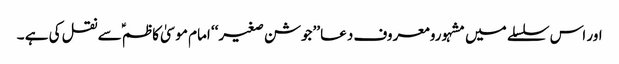
اور اس سلسلے میں مشہورو معروف دعا ’’جوشن صغیر‘‘ امام موسیٰ کاظم ؑسے نقل کی ہے ۔